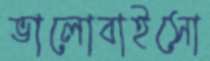
ভালোবাইসো